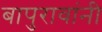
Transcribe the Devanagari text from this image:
बापुरावांनी